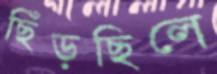
ছিঁড়ছিলে